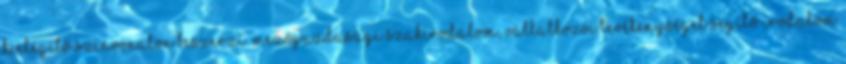
kielégítő színvonalon beszerzi. Mezőgazdasági szakirodalom, vállalkozói tevékenységet segítő irodalom